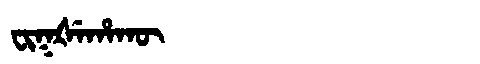
Manchu: ᠸᡳᡴᡧᡝᡥᠠᡴᡡ
Romanization: FIKŠEHAKŪ